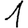
Digit: 1